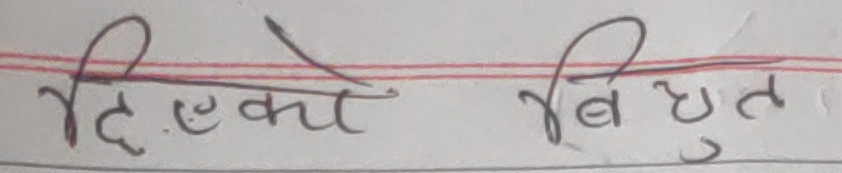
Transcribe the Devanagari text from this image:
दिएको बिद्युत